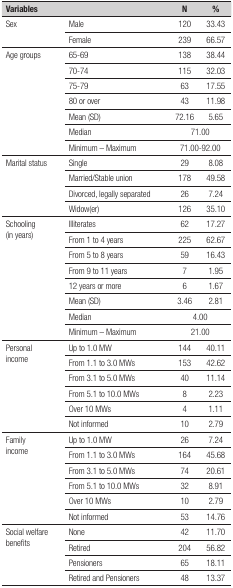
| Variables |  | N | % |
 | --- | --- | --- | --- |
 | <ROWSPAN=2> Sex | Male | 120 | 33.43 |
 | Female | 239 | 66.57 |
 | <ROWSPAN=7> Age groups | 65-69 | 138 | 38.44 |
 | 70-74 | 115 | 32.03 |
 | 75-79 | 63 | 17.55 |
 | 80 or over | 43 | 11.98 |
 | Mean (SD) | 72.16 | 5.65 |
 | Median | <COLSPAN=2> 71.00 |
 | Minimum – Maximum | <COLSPAN=2> 71.00-92.00 |
 | <ROWSPAN=4> Marital status | Single | 29 | 8.08 |
 | Married/Stable union | 178 | 49.58 |
 | Divorced, legally separated | 26 | 7.24 |
 | Widow(er) | 126 | 35.10 |
 | <ROWSPAN=8> Schooling (inyears) | Illiterates | 62 | 17.27 |
 | From 1 to 4 years | 225 | 62.67 |
 | From 5 to 8 years | 59 | 16.43 |
 | From 9 to 11 years | 7 | 1.95 |
 | 12 years or more | 6 | 1.67 |
 | Mean (SD) | 3.46 | 2.81 |
 | Median | <COLSPAN=2> 4.00 |
 | Minimum – Maximum | <COLSPAN=2> 21.00 |
 | <ROWSPAN=6> Personalincome | Up to 1.0 MW | 144 | 40.11 |
 | From 1.1 to 3.0 MWs | 153 | 42.62 |
 | From 3.1 to 5.0 MWs | 40 | 11.14 |
 | From 5.1 to 10.0 MWs | 8 | 2.23 |
 | Over 10 MWs | 4 | 1.11 |
 | Not informed | 10 | 2.79 |
 | <ROWSPAN=6> Familyincome | Up to 1.0 MW | 26 | 7.24 |
 | From 1.1 to 3.0 MWs | 164 | 45.68 |
 | From 3.1 to 5.0 MWs | 74 | 20.61 |
 | From 5.1 to 10.0 MWs | 32 | 8.91 |
 | Over 10 MWs | 10 | 2.79 |
 | Not informed | 53 | 14.76 |
 | <ROWSPAN=4> Social welfare benefits | None | 42 | 11.70 |
 | Retired | 204 | 56.82 |
 | Pensioners | 65 | 18.11 |
 | Retired and Pensioners | 48 | 13.37 |